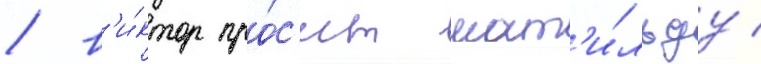
/ в'и́ктор про́с'ит мат'и́льду